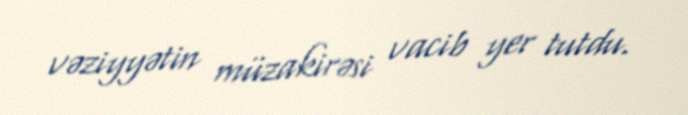
vəziyyətin müzakirəsi vacib yer tutdu.